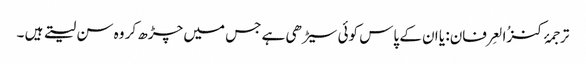
ترجمۂ کنزُالعِرفان: یا ان کے پاس کوئی سیڑھی ہے جس میں چڑھ کر وہ سن لیتے ہیں ۔